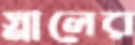
স্নালের